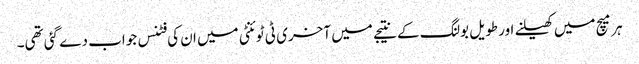
ہر میچ میں کھیلنے اور طویل بولنگ کے نتیجے میں آخری ٹی ٹوئنٹی میں ان کی فٹنس جواب دے گئی تھی۔